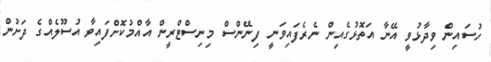
ހުސައިން ވިދާޅުވީ އޭނާ އަތޮޅުގެއިން ނެރެފައިވަނީ ފިނޭންސް މިނިސްޓްރީން އާއްމުކޮށްފައިވާ އުސޫލެއްގެ ދަށުން